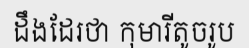
ដឹងដែរថា កុមារីតូចរូប